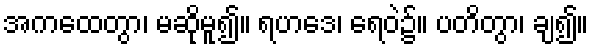
အကထေတွာ၊ မဆိုမူ၍။ ရဟဒေ၊ ရေဝဲ၌။ ပတိတွာ၊ ချ၍။